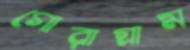
গোরাগ্রাম